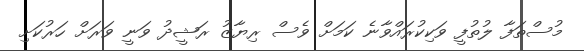
މުސްތަފާ ލުތުފީ ވަކިކުރައްވާނެ ކަމަށް ވެސް ރިޔާޒު ރަޝީދު ވަނީ ވަރަށް ހަރުކަށި